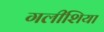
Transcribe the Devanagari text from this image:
गलीशिया